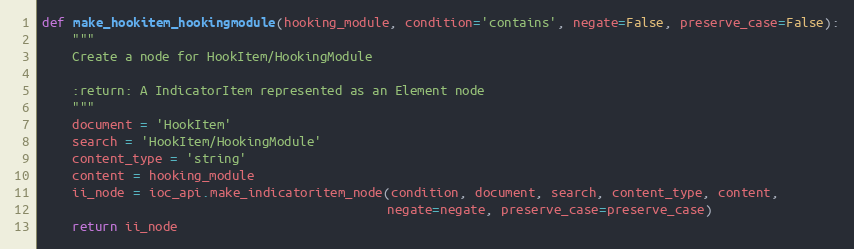
Language: Python
def make_hookitem_hookingmodule(hooking_module, condition='contains', negate=False, preserve_case=False):
    """
    Create a node for HookItem/HookingModule

    :return: A IndicatorItem represented as an Element node
    """
    document = 'HookItem'
    search = 'HookItem/HookingModule'
    content_type = 'string'
    content = hooking_module
    ii_node = ioc_api.make_indicatoritem_node(condition, document, search, content_type, content,
                                              negate=negate, preserve_case=preserve_case)
    return ii_node